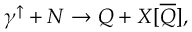
\gamma ^ { \uparrow } + N \rightarrow Q + X [ \overline { { { Q } } } ] ,